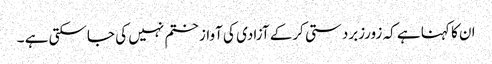
ان کا کہنا ہے کہ زورزبردستی کرکے آزادی کی آواز ختم نہیں کی جاسکتی ہے ۔